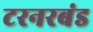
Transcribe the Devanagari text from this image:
टरनरबंड